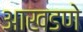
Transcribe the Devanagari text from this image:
आखडणे